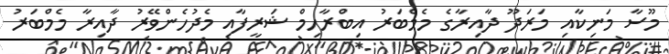
މޫސާ މަނިކާއި މަރަދޫ ދާއިރާގެ މެމްބަރު އިބްރާހިމް ޝަރީފާއި މެދުހެންވޭރު ދާއިރާ މެމްބަރު